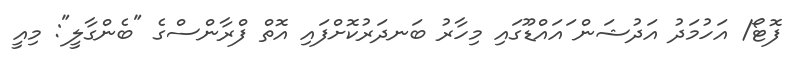
ފޮޓޯ/ އަހުމަދު އަދުޝަން ައައްޑޫގައި މިހާރު ބަނދަރުކޮށްފައި އޮތް ފްރާންސްގެ "ބެންގާލީ": މިއީ